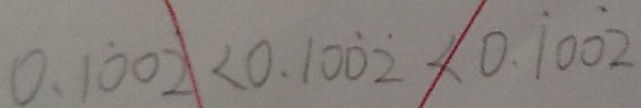
0 . 1 \dot { 0 } \dot { 2 } < 0 . 1 0 \dot { 0 } \dot { 2 } < 0 . \dot { 1 } 0 0 \dot { 2 }